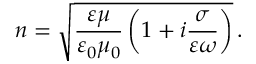
n = \sqrt { \frac { \varepsilon \mu } { \varepsilon _ { 0 } \mu _ { 0 } } \left( 1 + i \frac { \sigma } { \varepsilon \omega } \right) } \, .